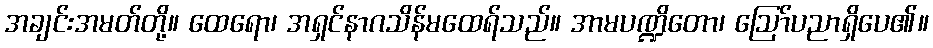
အချင်းအမတ်တို့။ ထေရော၊ အရှင်နာဂသိန်မထေရ်သည်။ အာမပဏ္ဍိတော၊ ဩော်ပညာရှိပေ၏။